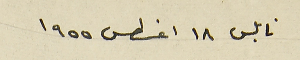
نابلس ١٨ اغسطس ١٩٥٥